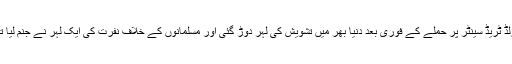
ورلڈ ٹریڈ سینٹر پر حملے کے فوری بعد دنیا بھر میں تشویش کی لہر دوڑ گئی اور مسلمانوں کے خلاف نفرت کی ایک لہر نے جنم لیا تھا۔